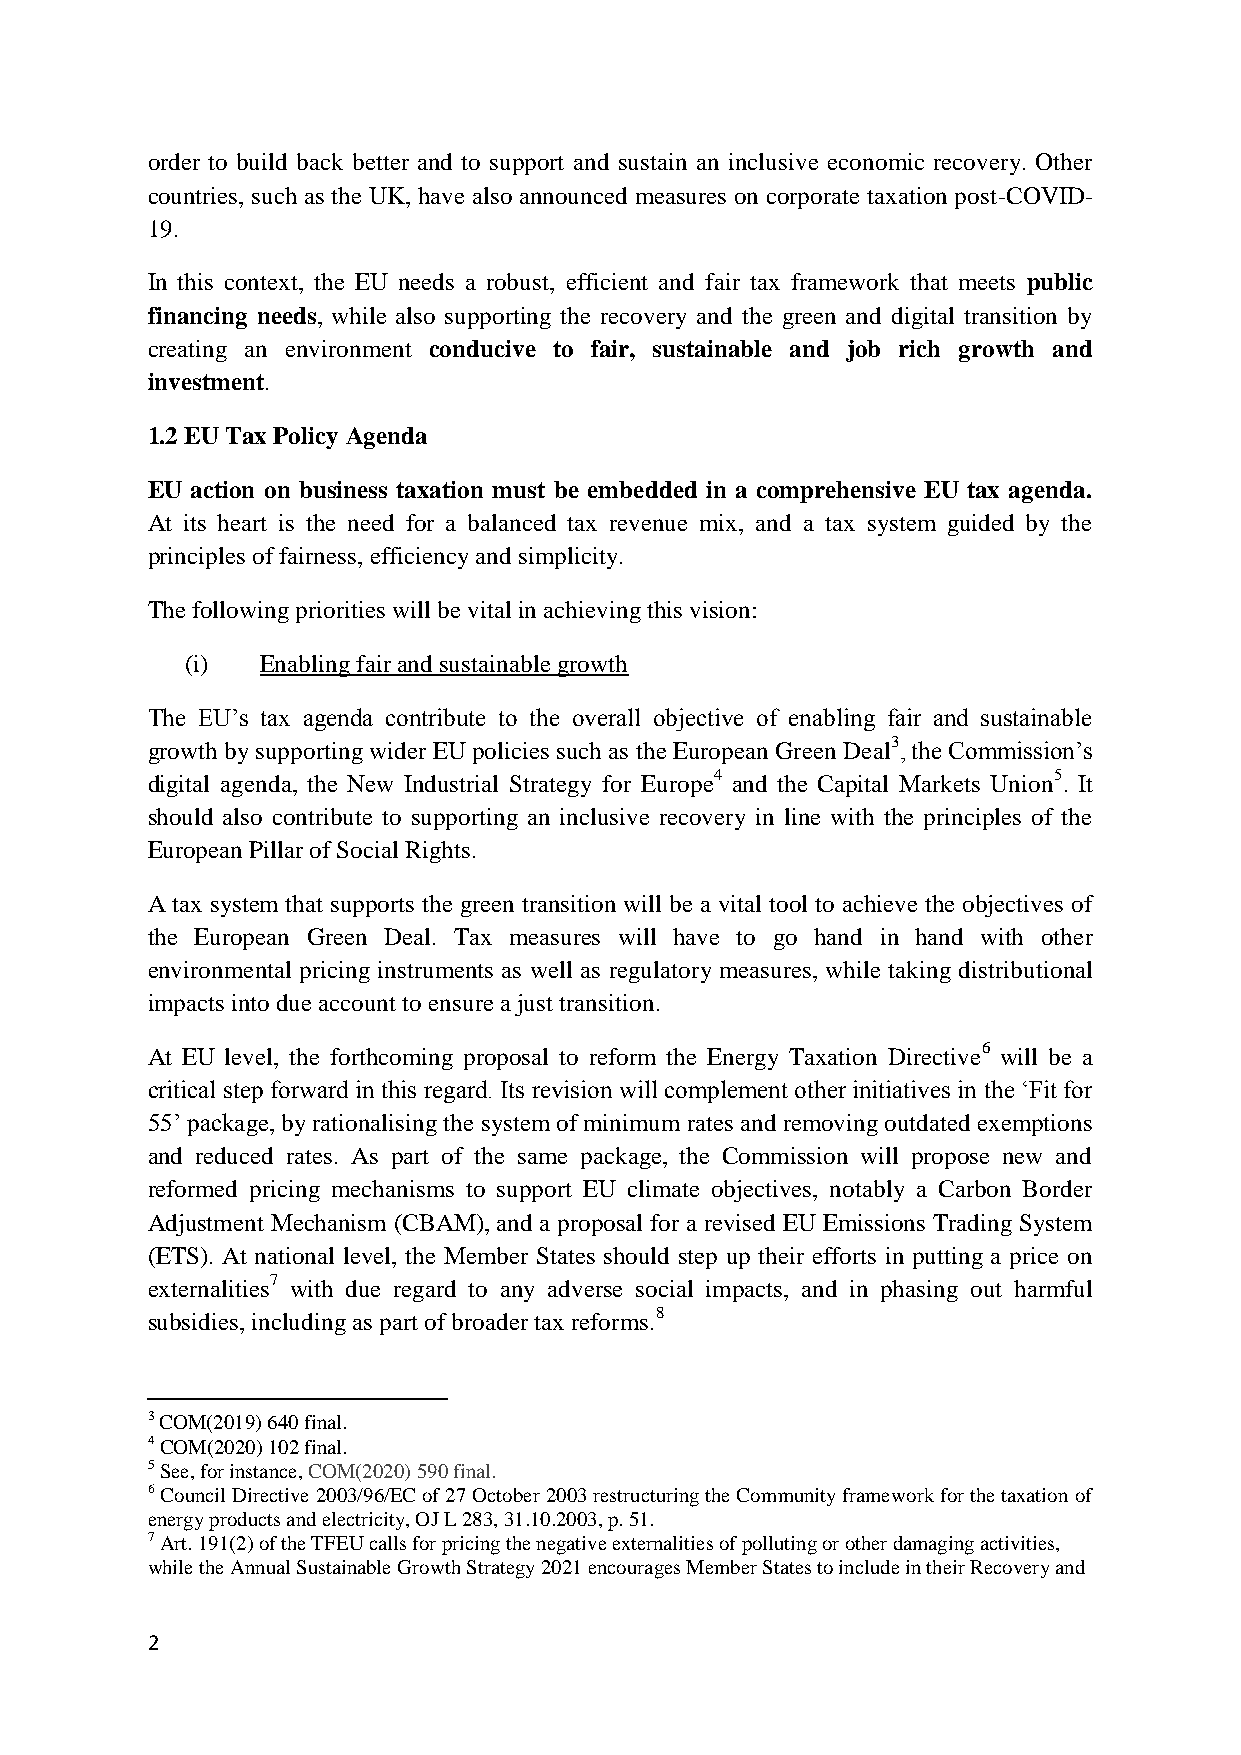
order to build back better and to support and sustain an inclusive economic recovery. Other
 countries, such as the UK, have also announced measures on corporate taxation post-COVID-
 19.
 In this context, the EU needs a robust, efficient and fair tax framework that meets public
 financing needs, while also supporting the recovery and the green and digital transition by
 creating an environment conducive to fair, sustainable and job rich growth and
 investment.
 1.2 EU Tax Policy Agenda
 EU action on business taxation must be embedded in a comprehensive EU tax agenda.
 At its heart is the need for a balanced tax revenue mix, and a tax system guided by the
 principles of fairness, efficiency and simplicity.
 The following priorities will be vital in achieving this vision:
 (i)  Enabling fair and sustainable growth
 The EU’s tax agenda contribute to the overall objective of enabling fair and sustainable
 growth by supporting wider EU policies such as the European Green Deal3, the Commission’s
 digital agenda, the New Industrial Strategy for Europe4 and the Capital Markets Union5. It
 should also contribute to supporting an inclusive recovery in line with the principles of the
 European Pillar of Social Rights.
 A tax system that supports the green transition will be a vital tool to achieve the objectives of
 the European Green Deal. Tax measures will have to go hand in hand with other
 environmental pricing instruments as well as regulatory measures, while taking distributional
 impacts into due account to ensure a just transition.
 At EU level, the forthcoming proposal to reform the Energy Taxation Directive6 will be a
 critical step forward in this regard. Its revision will complement other initiatives in the ‘Fit for
 55’ package, by rationalising the system of minimum rates and removing outdated exemptions
 and reduced rates. As part of the same package, the Commission will propose new and
 reformed pricing mechanisms to support EU climate objectives, notably a Carbon Border
 Adjustment Mechanism (CBAM), and a proposal for a revised EU Emissions Trading System
 (ETS). At national level, the Member States should step up their efforts in putting a price on
 externalities7 with due regard to any adverse social impacts, and in phasing out harmful
 subsidies, including as part of broader tax reforms.8
 3 COM(2019) 640 final.
 4 COM(2020) 102 final.
 5 See, for instance, COM(2020) 590 final.
 6 Council Directive 2003/96/EC of 27 October 2003 restructuring the Community framework for the taxation of
 energy products and electricity, OJ L 283, 31.10.2003, p. 51.
 7 Art. 191(2) of the TFEU calls for pricing the negative externalities of polluting or other damaging activities,
 while the Annual Sustainable Growth Strategy 2021 encourages Member States to include in their Recovery and
 2